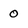
Character: 0